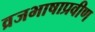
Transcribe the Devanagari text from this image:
व्रजभाषाप्रवीण